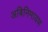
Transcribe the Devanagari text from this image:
अबिनिमायण